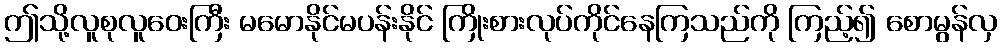
ဤသို့လူစုလူဝေးကြီး မမောနိုင်မပန်းနိုင် ကြိုးစားလုပ်ကိုင်နေကြသည်ကို ကြည့်၍ စောမွန်လှ